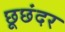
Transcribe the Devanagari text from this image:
छूछंदर